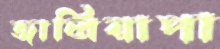
জালিয়াপা